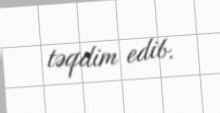
təqdim edib.